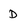
Character: D